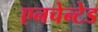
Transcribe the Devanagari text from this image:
एनचेन्टेड